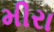
મીરા